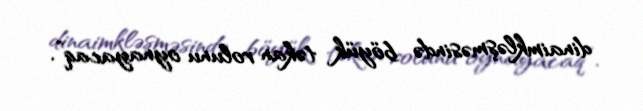
dinaimkləşməsində böyük təkan rolunu oynayacaq”.